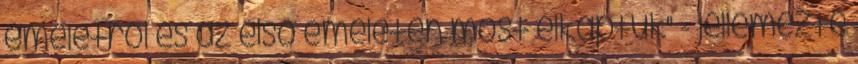
emeletről és az első emeleten most elkaptuk" - jellemezte